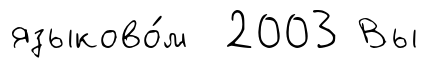
языково́м 2003 Вы